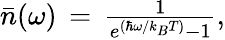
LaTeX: \begin{array}{r}{{}\bar{n}(\omega)\, =\, \frac{1}{e^{(\hbar\omega/k_{B}T)}-1},}\end{array}